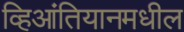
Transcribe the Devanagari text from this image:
व्हिआंतियानमधील